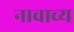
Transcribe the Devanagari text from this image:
नावाच्य